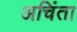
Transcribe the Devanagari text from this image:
अचिंता